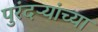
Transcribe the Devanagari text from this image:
पुरंदऱ्यांच्या